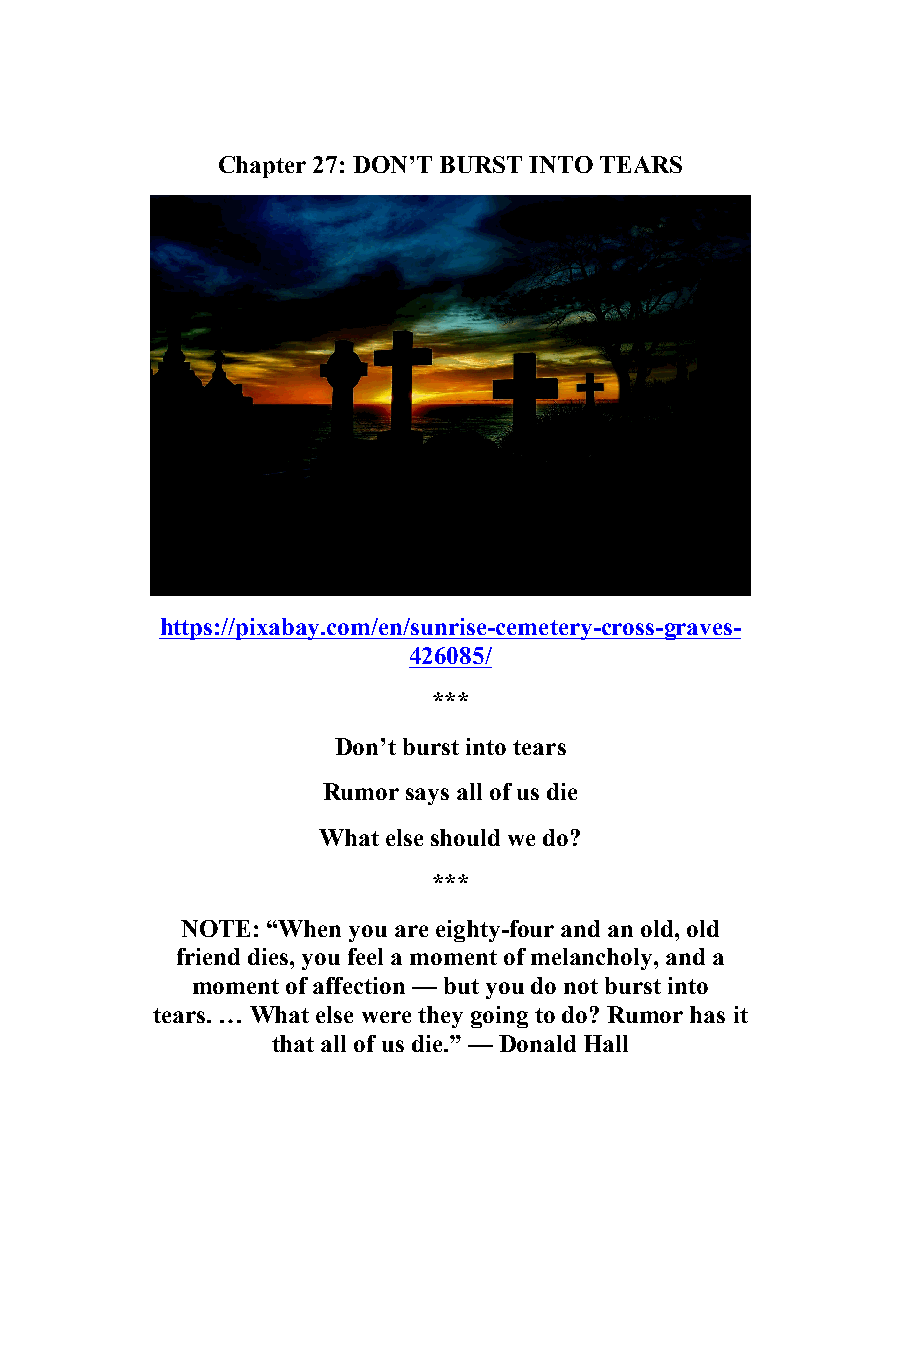
27
 Chapter 27: DON’T BURST INTO TEARS
 https://pixabay.com/en/sunrise-cemetery-cross-graves-
 426085/
 ***
 Don’t burst into tears
 Rumor says all of us die
 What else should we do?
 ***
 NOTE: “When you are eighty-four and an old, old
 friend dies, you feel a moment of melancholy, and a
 moment of affection — but you do not burst into
 tears. … What else were they going to do? Rumor has it
 that all of us die.” — Donald Hall